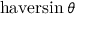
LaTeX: \operatorname { h a v e r s i n } \theta